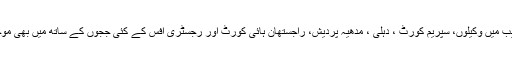
اس تقریب میں وکیلوں، سپریم کورٹ ، دہلی ، مدھیہ پردیش، راجستھان ہائی کورٹ اور رجسٹری آفس کے کئی ججوں کے ساتھ میں بھی موجود تھا۔